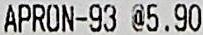
APRON-93 @5.90